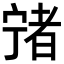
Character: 𡪄